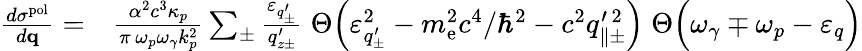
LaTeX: \begin{array}{rl}{\frac{d\sigma^{\mathrm{pol}}}{d{\mathbf q}}=}&{{}\frac{\alpha^{2}c^{3}\kappa_{p}}{\pi\, \omega_{p}\omega_{\gamma}k_{p}^{2}}\sum_{\pm}\frac{\varepsilon_{q_{\pm}^{\prime}}}{q_{z\pm}^{\prime}}\; \Theta\Big(\varepsilon_{q_{\pm}^{\prime}}^{2}-m_{\mathrm{e}}^{2}c^{4}/\hbar^{2}-c^{2}q_{\parallel\pm}^{\prime\, 2}\Big)\; \Theta\Big(\omega_{\gamma}\mp\omega_{p}-\varepsilon_{q}\Big)}\end{array}